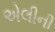
એલીની